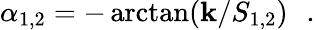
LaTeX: \alpha_{1,2}=-\arctan(\mathbf{k}/S_{1,2})\, \ \ .